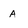
Character: A